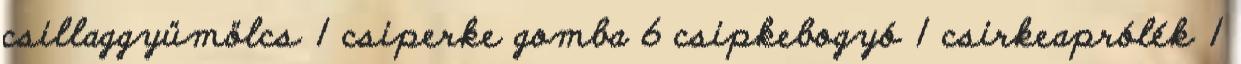
csillaggyümölcs 1 csiperke gomba 6 csipkebogyó 1 csirkeaprólék 1